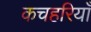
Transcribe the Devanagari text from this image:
कचहरियाँ